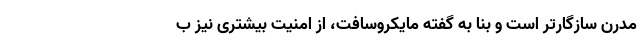
مدرن سازگارتر است و بنا به گفته مایکروسافت، از امنیت بیشتری نیز ب